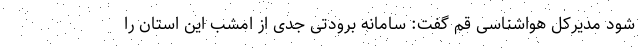
شود مدیرکل هواشناسی قم گفت: سامانه برودتی جدی از امشب این استان را